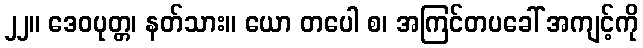
၂၂။ ဒေဝပုတ္တ၊ နတ်သား။ ယော တပေါ စ၊ အကြင်တပခေါ် အကျင့်ကို